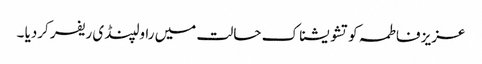
عزیز فاطمہ کو تشو یشناک حالت میں راولپنڈی ریفر کردیا ۔